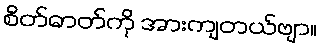
စိတ်ဓာတ်ကို အားကျတယ်ဗျာ။